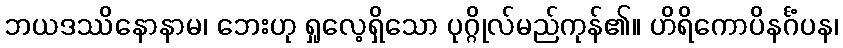
ဘယဒဿိနောနာမ၊ ဘေးဟု ရှုလေ့ရှိသော ပုဂ္ဂိုလ်မည်ကုန်၏။ ဟိရိကောပိနင်္ဂံပန၊